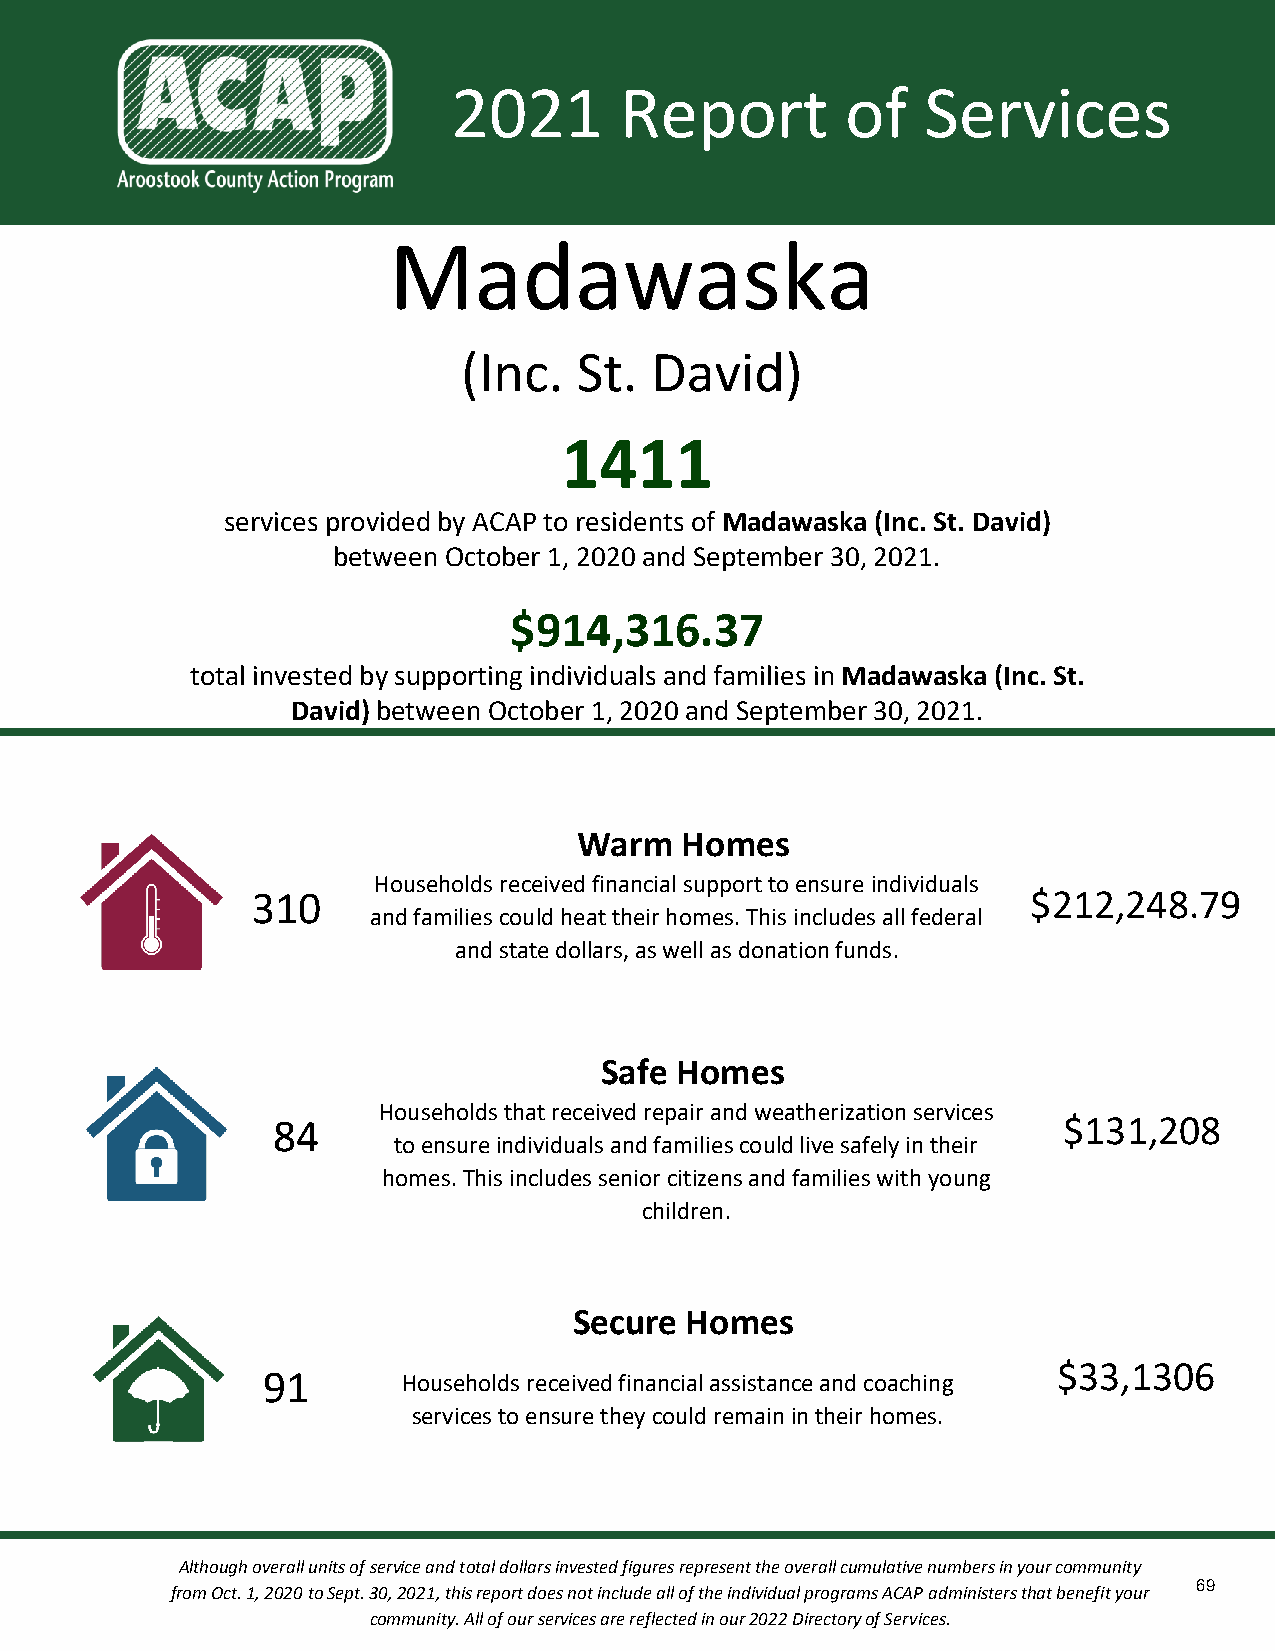
2021       Report         of   Services
 Madawaska
 (Inc.  St.  David)
 1411
 services provided by ACAP to residents of Madawaska (Inc. St. David)
 between October 1, 2020 and September 30, 2021.
 $914,316.37
 total invested by supporting individuals and families in Madawaska (Inc. St.
 David) between October 1, 2020 and September 30, 2021.
 Warm   Homes
 Households received financial support to ensure individuals
 310                                                $212,248.79
 and families could heat their homes. This includes all federal
 and state dollars, as well as donation funds.
 Safe Homes
 Households that received repair and weatherization services
 84                                                  $131,208
 to ensure individuals and families could live safely in their
 homes. This includes senior citizens and families with young
 children.
 Secure Homes
 $33,1306
 91        Households received financial assistance and coaching
 services to ensure they could remain in their homes.
 Although overall units of service and total dollars invested figures represent the overall cumulative numbers in your community
 69
 from Oct. 1, 2020 to Sept. 30, 2021, this report does not include all of the individual programs ACAP administers that benefit your
 community. All of our services are reflected in our 2022 Directory of Services.